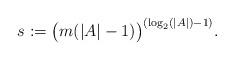
LaTeX: \begin{align*}s := \big(m (|A| - 1)\big)^{(\log_2 (|A|)-1)}.\end{align*}